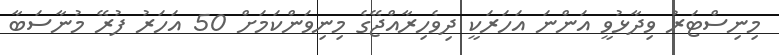
މިނިސްޓަރު ވިދާޅުވީ އަންނަ އަހަރަކީ ދިވެހިރާއްޖޭގެ މިނިވަންކަމަށް 50 އަހަރު ފުރޭ މުނާސަބާ